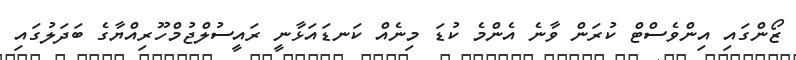
ޒޯންގައި އިންވެސްޓް ކުރަން ވާނެ އެންމެ ކުޑަ މިނެއް ކަނޑައަޅާނީ ރައީސުލްޖުމްހޫރިއްޔާގެ ބަދަލުގައި